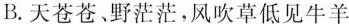
B.天苍苍、野茫茫，风吹草低见牛羊